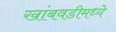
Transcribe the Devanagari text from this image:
खांबवडीमध्ये